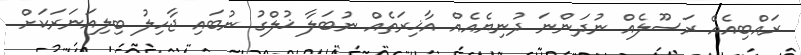
ރައްބިއެއް ރަސޫލެއް ނުދަންނަ ދުނިޔެއެއް އާޚިރަތެއް ނުބަލާ ޚުލްގު ނުބައި ޖާހިލު ބިލިއަނަރަކަށް